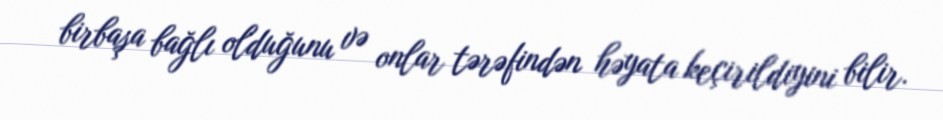
birbaşa bağlı olduğunu və onlar tərəfindən həyata keçirildiyini bilir.